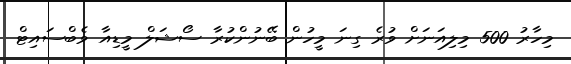
މިހާރު 500 މިލިއަނަށް ވުރެ ގިނަ މީހުން ބޭނުންކުރާ ސޯޝަލް މީޑިއާ ވެބްސައިޓް